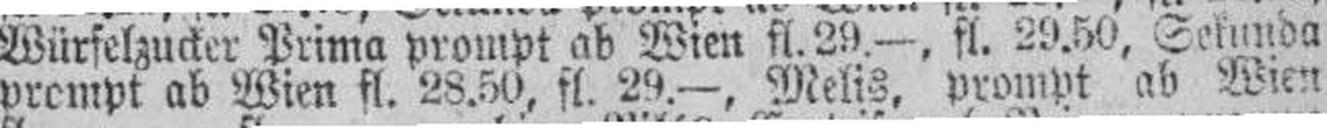
prompt ab Wien fl. 28.50, fl. 29.—, Melis, prompt ab Wien